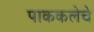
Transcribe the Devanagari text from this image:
पाककलेचे